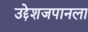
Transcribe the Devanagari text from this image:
उद्देशजपानला